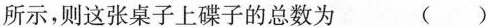
所示，则这张桌子上碟子的总数为 ()